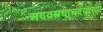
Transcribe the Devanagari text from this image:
अण्वस्त्रचाचण्यांच्या